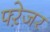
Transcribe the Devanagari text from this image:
फ्ऱेजर